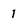
Character: 1